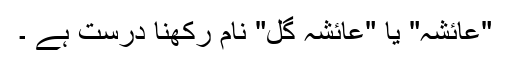
"عائشہ" یا "عائشہ گل" نام رکھنا درست ہے ۔